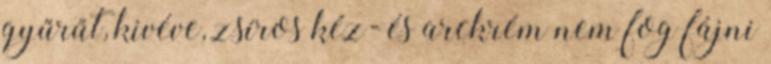
gyűrűt, kivéve, zsíros kéz- és arckrém nem fog fájni